Senior Leaving Certificate Examination (including Day School Certificate (Higher) General paper), 1946
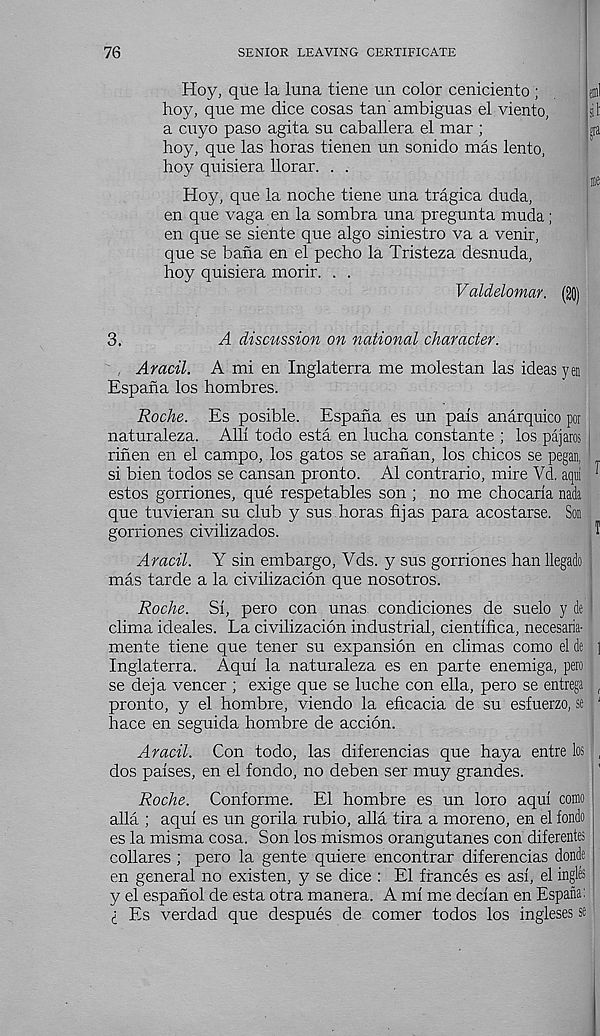
76
SENIOR LEAVING CERTIFICATE
Hoy, que la luna tiene un color ceniciento ;
hoy, que me dice cosas tan' ambiguas el viento,
a cuyo paso agita su caballera el mar ;
hoy, que las horas tienen un sonido mas lento,
hoy quisiera llorar. . .
{Dll
iil
P
Hoy, que la noche tiene una tragica duda,
en que vaga en la sombra una pregunta muda ;
en que se siente que algo siniestro va a venir,
que se bana en el pecho la Tristeza desnuda,
hoy quisiera morir. . .
Valddomar. (20)
3.
A discussion on national character.
, Aracil. A mi en Inglaterra me molestan las ideas yen
Espana los hombres.
Roche. Es posible. Espana es un pais anarquico por
naturaleza. Alii todo esta en lucha constante ; los pajaros
rinen en el campo, los gates se aranan, los chicos se pegan,
si bien todos se cansan pronto. A1 contrario, mire Vd. aqui
estos gorriones, que respetables son ; no me chocaria nada
que tuvieran su club y sus horas fijas para acostarse. Son
gorriones civilizados.
I
1
Aracil. Y sin embargo, Yds. y sus gorriones han llegado
mas tarde a la civilizacion que nosotros.
Roche. Si, pero con unas condiciones de suelo y de
clima ideales. La civilizacion industrial, cientifica, necesaria-
mente tiene que tener su expansion en climas como el de h
Inglaterra. Aqui la naturaleza es en parte enemiga, pero
se deja veneer ; exige que se luche con ella, pero se entrega (
pronto, y el hombre, viendo la eficacia de su esfuerzo, se 1
hace en seguida hombre de accion.
Aracil. Con todo, las diferencias que haya entre los ,
dos paises, en el fondo, no deben ser muy grandes.
Roche. Conforme. El hombre es un loro aqui como
alia ; aqui es un gorila rubio, alia tira a moreno, en el fondo
es la misma cosa. Son los mismos orangutanes con diferentes
collares ; pero la gente quiere encontrar diferencias donde
en general no existen, y se dice : El fiances es asi, el ingles
y el espanol de esta otra manera. A mi me decian en Espana:
(_ Es verdad que despues de comer todos los ingleses se